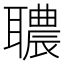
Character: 𦗳